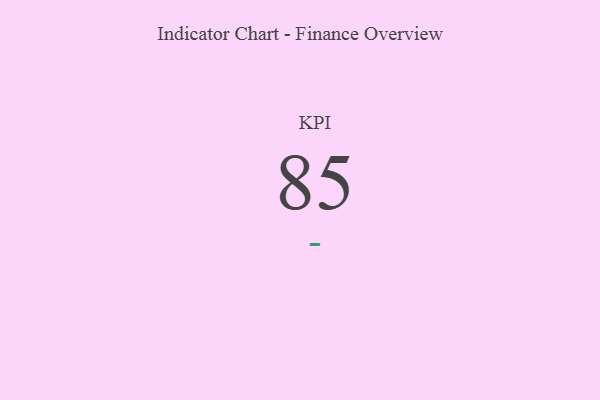
{"axis": {"x": "KPI", "y": "Value"}, "legend": [""], "data": [{"x": "KPI", "y": 85, "type": ""}]}